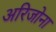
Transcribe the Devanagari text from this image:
अरिजोना